Annual statistical returns and brief notes on vaccination in Bengal - 1909-1929
Year: 1909
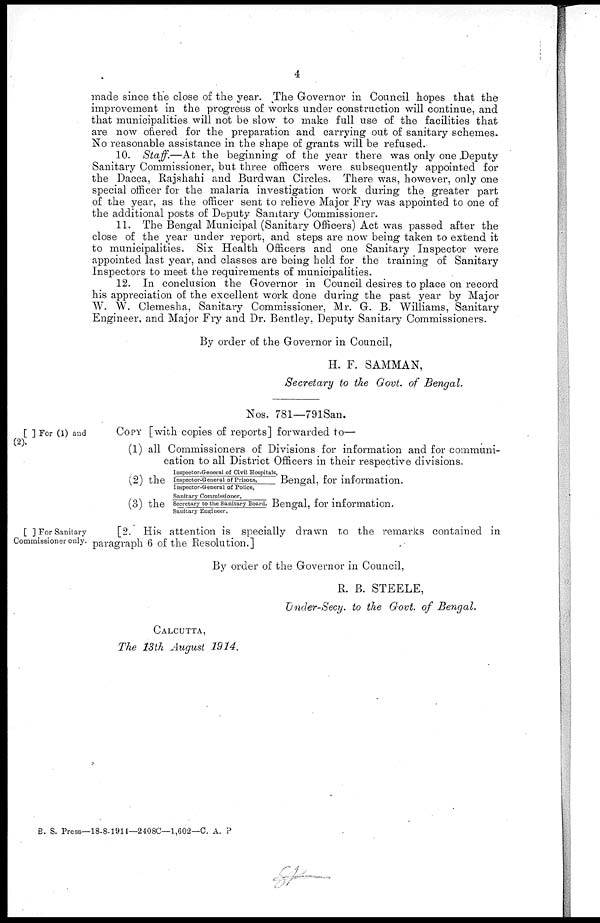
4
made since the close of the year. The Governor in Council hopes that the
improvement in the progress of works under construction will continue, and
that municipalities will not be slow to make full use of the facilities that
are now offered for the preparation and carrying out of sanitary schemes.
No reasonable assistance in the shape of grants will be refused.
10. Staff.—At the beginning of the year there was only one Deputy
Sanitary Commissioner, but three officers were subsequently appointed for
the Dacca, Rajshahi and Burdwan Circles. There was, however, only one
special officer for the malaria investigation work during the greater part
of the year, as the officer sent to relieve Major Fry was appointed to one of
the additional posts of Deputy Sanitary Commissioner.
11. The Bengal Municipal (Sanitary Officers) Act was passed after the
close of the year under report, and steps are now being taken to extend it
to municipalities. Six Health Officers and one Sanitary Inspector were
appointed last year, and classes are being held for the training of Sanitary
Inspectors to meet the requirements of municipalities.
12. In conclusion the Governor in Council desires to place on record
his appreciation of the excellent work done during the past year by Major
W. W. Clemesha, Sanitary Commissioner, Mr. G. B. Williams, Sanitary
Engineer, and Major Fry and Dr. Bentley, Deputy Sanitary Commissioners.
By order of the Governor in Council,
H. F. SAMMAN,
Secretary to the Govt. of Bengal.
Nos. 781—791San.
[ ] For (1) and
(2).
Copy [with copies of reports] forwarded to—
(1) all Commissioners of Divisions for information and for communi-
cation to all District Officers in their respective divisions.
(2) the
Inspector-General of Civil Hospitals,
Inspector-General of Prisons,
Inspector-General of Police,
Bengal, for information.
(3) the
Sanitary Commissioner,
Secretary to the Sanitary Board,
Sanitary Engineer,
Bengal, for information.
[ ] For Sanitary
Commissioner only.
[2. His attention is specially drawn to the remarks contained in
paragraph 6 of the Resolution.]
By order of the Governor in Council,
R. B. STEELE,
Under-Secy. to the Govt. of Bengal.
CALCUTTA,
The 13th August 1914.
B. S. Press—18-8.1914—2408C—1,602—C. A. P